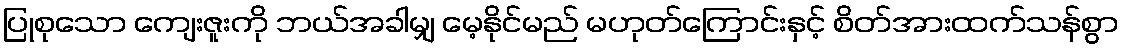
ပြုစုသော ကျေးဇူးကို ဘယ်အခါမျှ မေ့နိုင်မည် မဟုတ်ကြောင်းနှင့် စိတ်အားထက်သန်စွာ